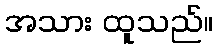
အသား ထူသည်။